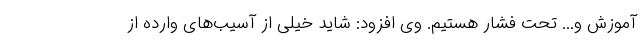
آموزش و... تحت فشار هستیم. وی افزود: شاید خیلی از آسیب‌های وارده از